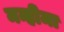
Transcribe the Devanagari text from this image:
मन्हीमा